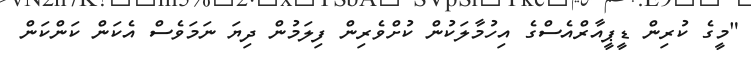
"މީގެ ކުރިން ޑީޕީއާރްއެސްގެ އިހުމާލަކުން ކުށްވެރިން ފިލަމުން ދިޔަ ނަމަވެސް އެކަން ކަންކަން